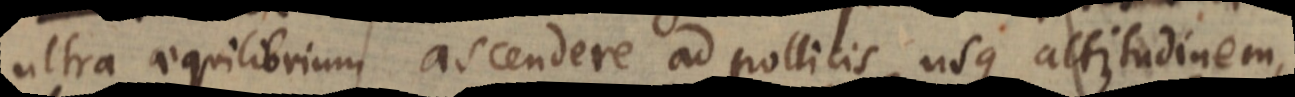
ultra aequilibrium ascendere ad pollicis usque altitudinem,